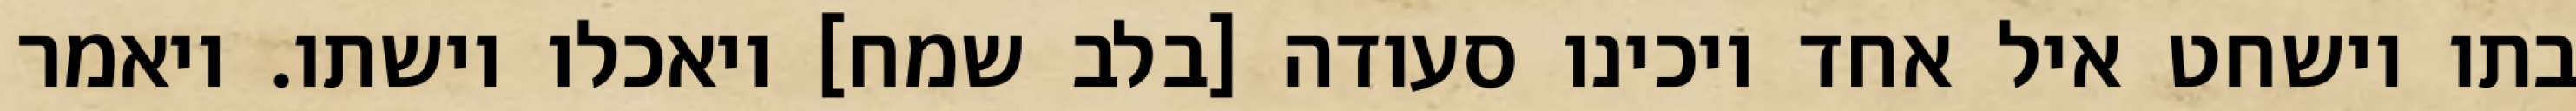
בתו וישחט איל אחד ויכינו סעודה [בלב שמח] ויאכלו וישתו. ויאמר